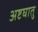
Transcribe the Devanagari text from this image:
अष्टघातु